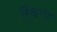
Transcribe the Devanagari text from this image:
सिद्दन्त